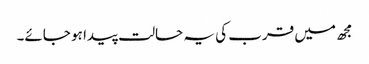
مجھ میں قرب کی یہ حالت پیدا ہو جائے۔